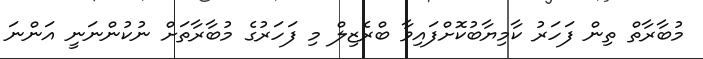
މުބާރާތް ތިން ފަހަރު ކާމިޔާބުކޮށްފައިވާ ބްރެޒިލް މި ފަހަރުގެ މުބާރާތަށް ނުކުންނަނީ އަންނަ